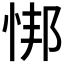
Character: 𫺎